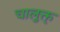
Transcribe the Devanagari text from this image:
चालुक्त्